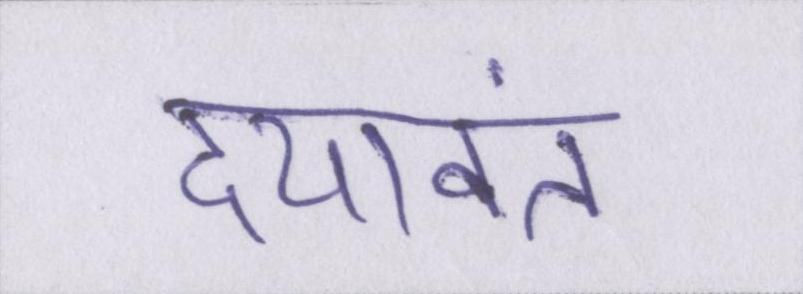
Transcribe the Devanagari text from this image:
दयावंत